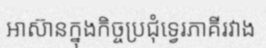
អាស៊ានក្នុងកិច្ចប្រជុំទ្វេរភាគីរវាង